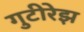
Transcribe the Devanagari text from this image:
गुटीरेझ